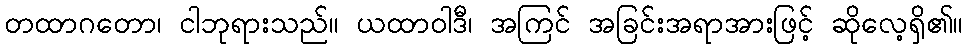
တထာဂတော၊ ငါဘုရားသည်။ ယထာဝါဒီ၊ အကြင် အခြင်းအရာအားဖြင့် ဆိုလေ့ရှိ၏။